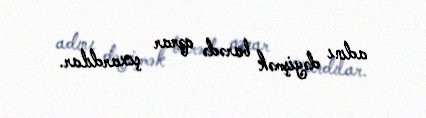
adını dəyişmək barədə qərar çıxardılar.